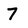
Character: 7